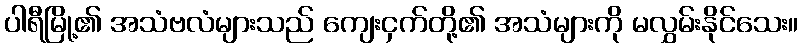
ပါရီမြို့၏ အသံဗလံများသည် ကျေးငှက်တို့၏ အသံများကို မလွှမ်းနိုင်သေး။